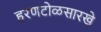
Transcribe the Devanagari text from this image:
हरणटोळसारखे